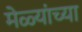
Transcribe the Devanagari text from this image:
मेळ्यांच्या